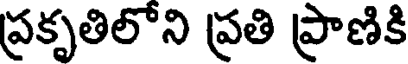
ప్రకృతిలోని ప్రతి ప్రాణికి